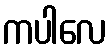
ကပါလေ